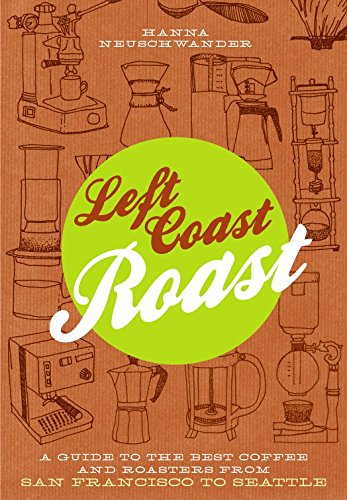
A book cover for Left Coast Roast: A Guide to the Best Coffee and Roasters from San Francisco to Seattle; Hanna Neuschwander; Cookbooks, Food & Wine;